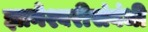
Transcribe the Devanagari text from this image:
ज्ञानेश्वरीसंबंधी